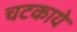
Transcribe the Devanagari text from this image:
चटकाये